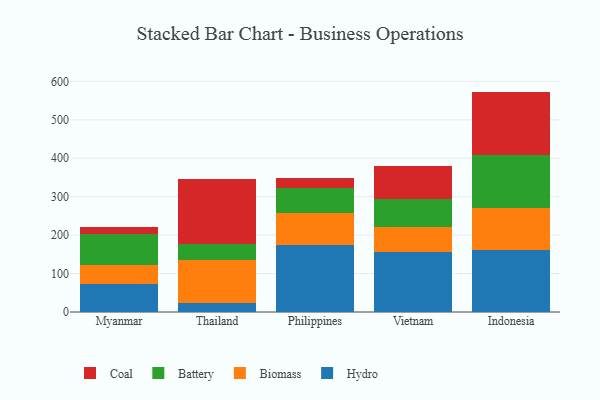
{"axis": {"x": "Country", "y": "Demand Index"}, "legend": ["Battery", "Biomass", "Coal", "Hydro"], "data": [{"x": "Myanmar", "y": 72.0, "type": "Hydro"}, {"x": "Myanmar", "y": 49.2, "type": "Biomass"}, {"x": "Myanmar", "y": 81.7, "type": "Battery"}, {"x": "Myanmar", "y": 18.2, "type": "Coal"}, {"x": "Thailand", "y": 24.1, "type": "Hydro"}, {"x": "Thailand", "y": 109.9, "type": "Biomass"}, {"x": "Thailand", "y": 42.7, "type": "Battery"}, {"x": "Thailand", "y": 169.8, "type": "Coal"}, {"x": "Philippines", "y": 173.4, "type": "Hydro"}, {"x": "Philippines", "y": 84.6, "type": "Biomass"}, {"x": "Philippines", "y": 64.0, "type": "Battery"}, {"x": "Philippines", "y": 27.3, "type": "Coal"}, {"x": "Vietnam", "y": 155.9, "type": "Hydro"}, {"x": "Vietnam", "y": 65.6, "type": "Biomass"}, {"x": "Vietnam", "y": 72.5, "type": "Battery"}, {"x": "Vietnam", "y": 86.6, "type": "Coal"}, {"x": "Indonesia", "y": 162.6, "type": "Hydro"}, {"x": "Indonesia", "y": 107.9, "type": "Biomass"}, {"x": "Indonesia", "y": 139.2, "type": "Battery"}, {"x": "Indonesia", "y": 163.7, "type": "Coal"}]}